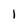
Character: l